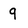
Character: 9